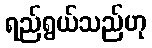
ရည်ရွယ်သည်ဟု